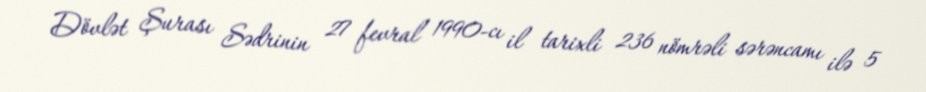
Dövlət Şurası Sədrinin 27 fevral 1990-cı il tarixli 236 nömrəli sərəncamı ilə 5